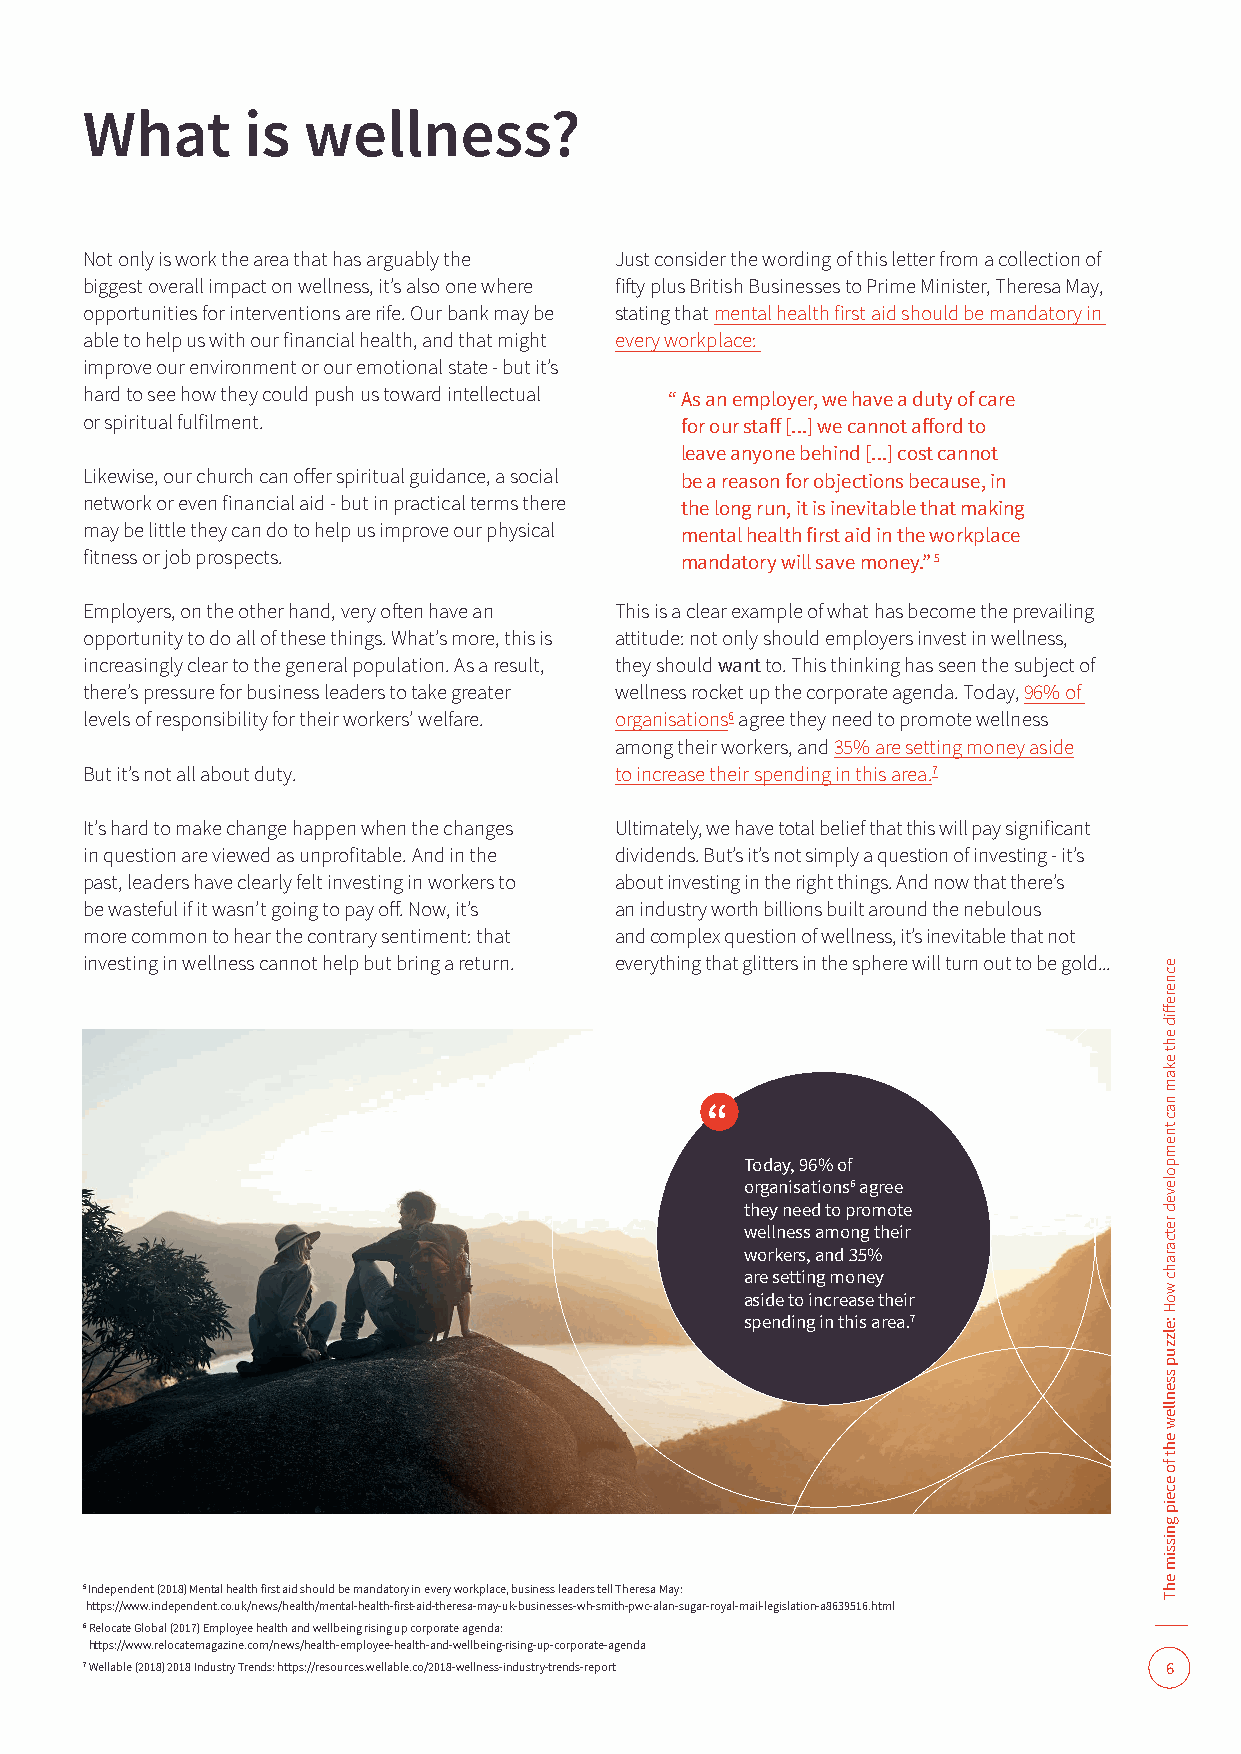
What       is  wellness?
 Not only is work the area that has arguably the Just consider the wording of this letter from a collection of
 biggest overall impact on wellness, it’s also one where fifty plus British Businesses to Prime Minister, Theresa May,
 opportunities for interventions are rife. Our bank may be stating that mental health first aid should be mandatory in
 able to help us with our financial health, and that might every workplace:
 improve our environment or our emotional state - but it’s
 hard to see how they could push us toward intellectual “ As an employer, we have a duty of care
 or spiritual fulfilment.                for our staff [...] we cannot afford to
 leave anyone behind [...] cost cannot
 Likewise, our church can offer spiritual guidance, a social be a reason for objections because, in
 network or even financial aid - but in practical terms there the long run, it is inevitable that making
 may be little they can do to help us improve our physical mental health first aid in the workplace
 fitness or job prospects.               mandatory will save money.” 5
 Employers, on the other hand, very often have an This is a clear example of what has become the prevailing
 opportunity to do all of these things. What’s more, this is attitude: not only should employers invest in wellness,
 increasingly clear to the general population. As a result, they should want to. This thinking has seen the subject of
 there’s pressure for business leaders to take greater wellness rocket up the corporate agenda. Today, 96% of
 levels of responsibility for their workers’ welfare. organisations6 agree they need to promote wellness
 among their workers, and 35% are setting money aside
 But it’s not all about duty.        to increase their spending in this area.7
 It’s hard to make change happen when the changes Ultimately, we have total belief that this will pay significant
 in question are viewed as unprofitable. And in the dividends. But’s it’s not simply a question of investing - it’s
 past, leaders have clearly felt investing in workers to about investing in the right things. And now that there’s
 be wasteful if it wasn’t going to pay off. Now, it’s an industry worth billions built around the nebulous
 more common to hear the contrary sentiment: that and complex question of wellness, it’s inevitable that not
 investing in wellness cannot help but bring a return. everything that glitters in the sphere will turn out to be gold...
 Today, 96% of
 organisations6 agree
 they need to promote
 wellness among their
 workers, and 35%
 are setting money
 aside to increase their
 spending in this area.7
 5 Independent (2018) Mental health first aid should be mandatory in every workplace, business leaders tell Theresa May:
 https://www.independent.co.uk/news/health/mental-health-first-aid-theresa-may-uk-businesses-wh-smith-pwc-alan-sugar-royal-mail-legislation-a8639516.html
 6 Relocate Global (2017) Employee health and wellbeing rising up corporate agenda:
 https://www.relocatemagazine.com/news/health-employee-health-and-wellbeing-rising-up-corporate-agenda
 7 Wellable (2018) 2018 Industry Trends: https://resources.wellable.co/2018-wellness-industry-trends-report 6
 ecnereffid
 eht
 ekam
 nac
 tnempoleved
 retcarahc
 woH
 :elzzup
 ssenllew
 eht
 fo
 eceip
 gnissim
 ehT